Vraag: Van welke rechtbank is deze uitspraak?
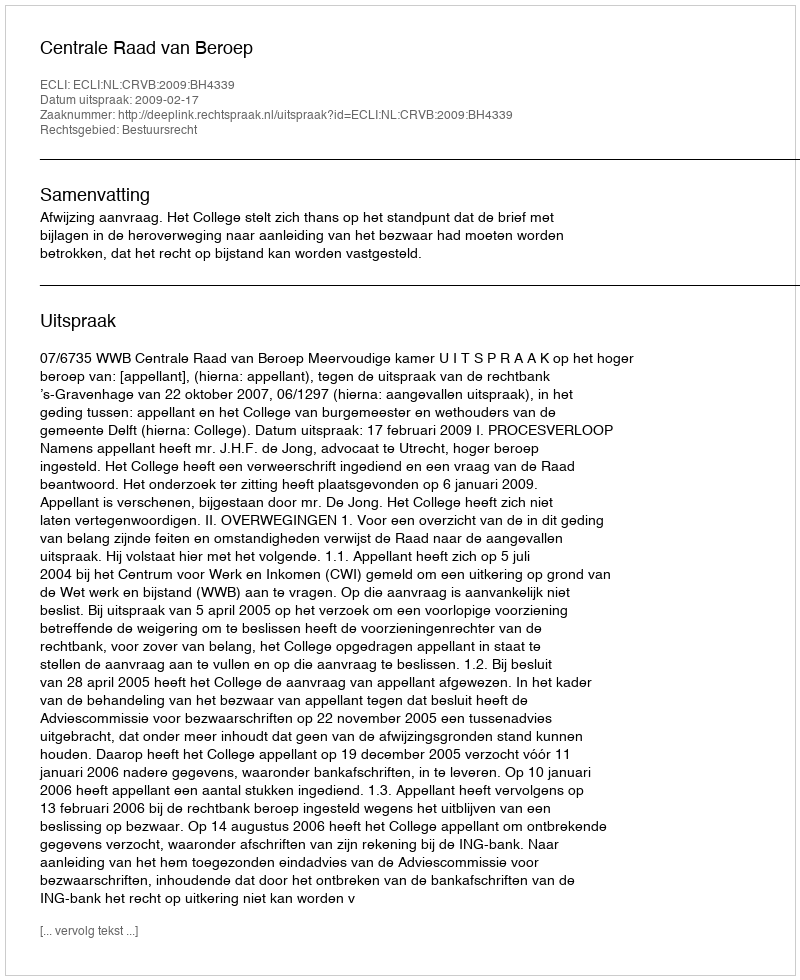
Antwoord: Centrale Raad van Beroep